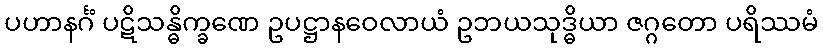
ပဟာနင်္ဂံ ပဋိသန္ဓိက္ခဏေ ဥပဋ္ဌာနဝေလာယံ ဥဘယသုဒ္ဓိယာ ဇဂ္ဂတော ပရိဿမံ